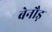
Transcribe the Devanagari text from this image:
बेनौड़